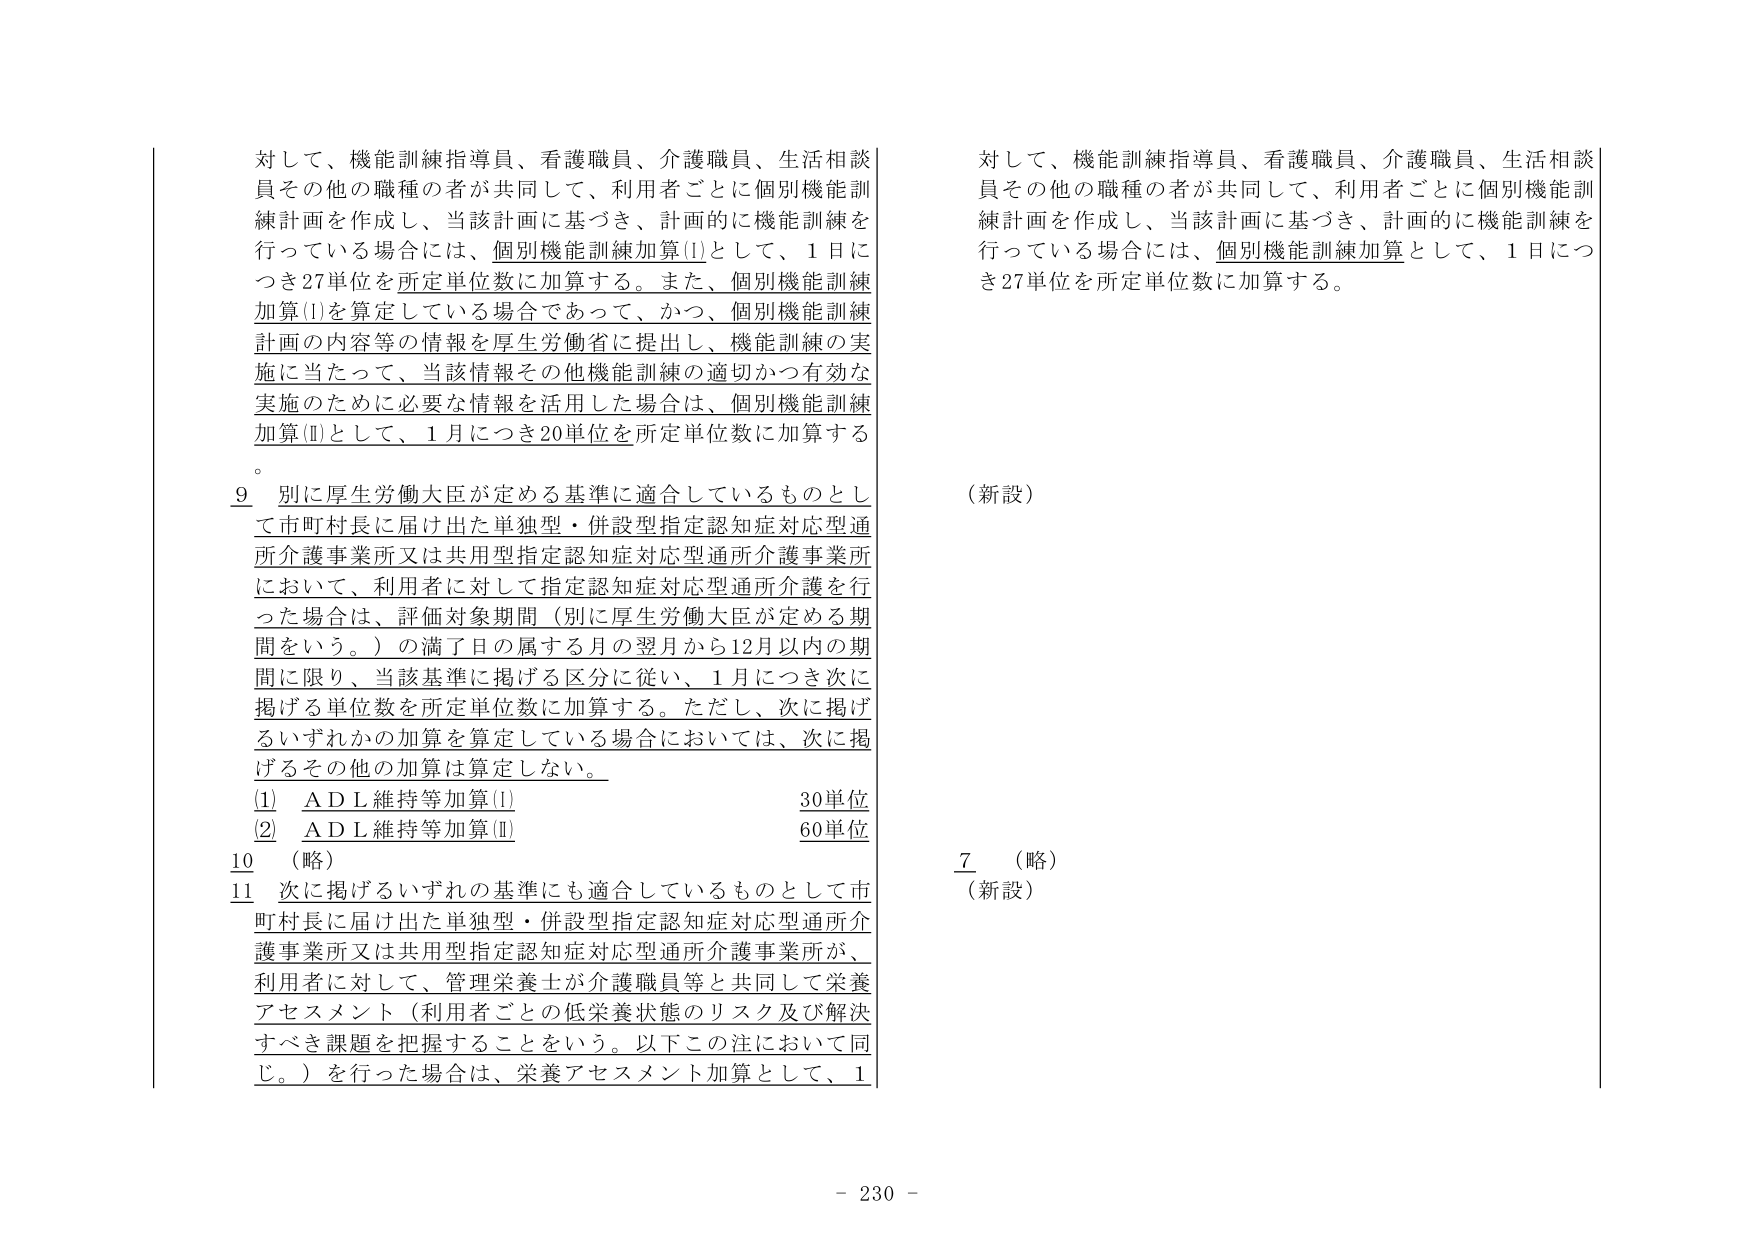
対して、機能訓練指導員、看護職員、介護職員、生活相談員その他の職種の者が共同して、利用者ごとに個別機能訓練計画を作成し、当該計画に基づき、計画的に機能訓練を行っている場合には、個別機能訓練加算(Ⅰ)として、1日につき27単位を所定単位数に加算する。また、個別機能訓練加算(Ⅰ)を算定している場合であって、かつ、個別機能訓練計画の内容等の情報を厚生労働省に提出し、機能訓練の実施に当たって、当該情報その他機能訓練の適切かつ有効な実施のために必要な情報を活用した場合は、個別機能訓練加算(Ⅱ)として、1月につき20単位を所定単位数に加算する。

9 別に厚生労働大臣が定める基準に適合しているものとして市町村長に届け出た単独型・併設型指定認知症対応型通所介護事業所又は共用型指定認知症対応型通所介護事業所において、利用者に対して指定認知症対応型通所介護を行った場合は、評価対象期間（別に厚生労働大臣が定める期間をいう。）の満了日の属する月の翌月から12月以内の期間に限り、当該基準に掲げる区分に従い、1月につき次に掲げる単位数を所定単位数に加算する。ただし、次に掲げるいずれかの加算を算定している場合においては、次に掲げるその他の加算は算定しない。

(1) ADL維持等加算(Ⅰ) 30単位
(2) ADL維持等加算(Ⅱ) 60単位

10 （略）
11 次に掲げるいずれの基準にも適合しているものとして市町村長に届け出た単独型・併設型指定認知症対応型通所介護事業所又は共用型指定認知症対応型通所介護事業所が、利用者に対して、管理栄養士が介護職員等と共同して栄養アセスメント（利用者ごとの低栄養状態のリスク及び解決すべき課題を把握することをいう。以下この注において同じ。）を行った場合は、栄養アセスメント加算として、1

対して、機能訓練指導員、看護職員、介護職員、生活相談員その他の職種の者が共同して、利用者ごとに個別機能訓練計画を作成し、当該計画に基づき、計画的に機能訓練を行っている場合には、個別機能訓練加算として、1日につき27単位を所定単位数に加算する。

（新設）

7 （略）
（新設）

- 230 -